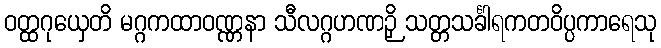
ဝတ္ထဂုယှေတိ မဂ္ဂကထာဝဏ္ဏနာ သီလဂ္ဂဟဏဉှိ သတ္တသင်္ခါရကတဝိပ္ပကာရေသု